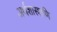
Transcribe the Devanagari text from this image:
अर्थशास्त्राणि